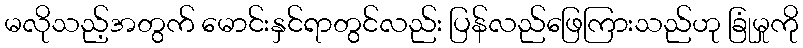
မလိုသည့်အတွက် မောင်းနှင်ရာတွင်လည်း ပြန်လည်ဖြေကြားသည်ဟု ခြုံမှုကို